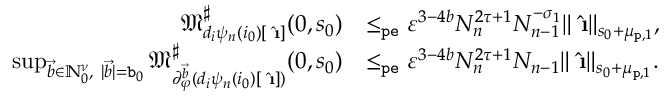
\begin{array} { r l } { \mathfrak { M } _ { d _ { i } { \psi } _ { n } ( i _ { 0 } ) [ \hat { \textbf { \i } } ] } ^ { \sharp } ( 0 , s _ { 0 } ) } & { \le _ { \mathtt { p e } } \varepsilon ^ { 3 - 4 b } N _ { n } ^ { 2 \tau + 1 } N _ { n - 1 } ^ { - \sigma _ { 1 } } \rVert \hat { \textbf { \i } } \rVert _ { s _ { 0 } + \mu _ { \mathtt { p } , 1 } } , } \\ { \operatorname* { s u p } _ { \vec { b } \in \mathbb { N } _ { 0 } ^ { \nu } , \ | \vec { b } | = \mathtt { b } _ { 0 } } \mathfrak { M } _ { \partial _ { \varphi } ^ { \vec { b } } ( d _ { i } \psi _ { n } ( i _ { 0 } ) [ \hat { \textbf { \i } } ] ) } ^ { \sharp } ( 0 , s _ { 0 } ) } & { \le _ { \mathtt { p e } } \varepsilon ^ { 3 - 4 b } N _ { n } ^ { 2 \tau + 1 } N _ { n - 1 } \rVert \hat { \textbf { \i } } \rVert _ { s _ { 0 } + \mu _ { \mathtt { p } , 1 } } . } \end{array}